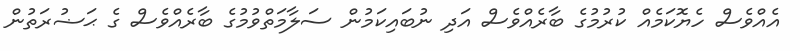
އެއްވެސް ހެޔޮކަމެއް ކުރުމުގެ ބާރެއްވެސް އަދި ނުބައިކަމުން ސަލާމަތްވުމުގެ ބާރެއްވެސް ގެ ޙަޟުރަތުން